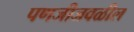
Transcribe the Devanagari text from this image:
पणजीजवळील